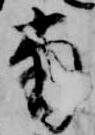
南